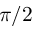
\pi / 2